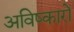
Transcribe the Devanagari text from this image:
अविष्कारो